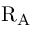
\mathrm { R } _ { \mathrm { A } }